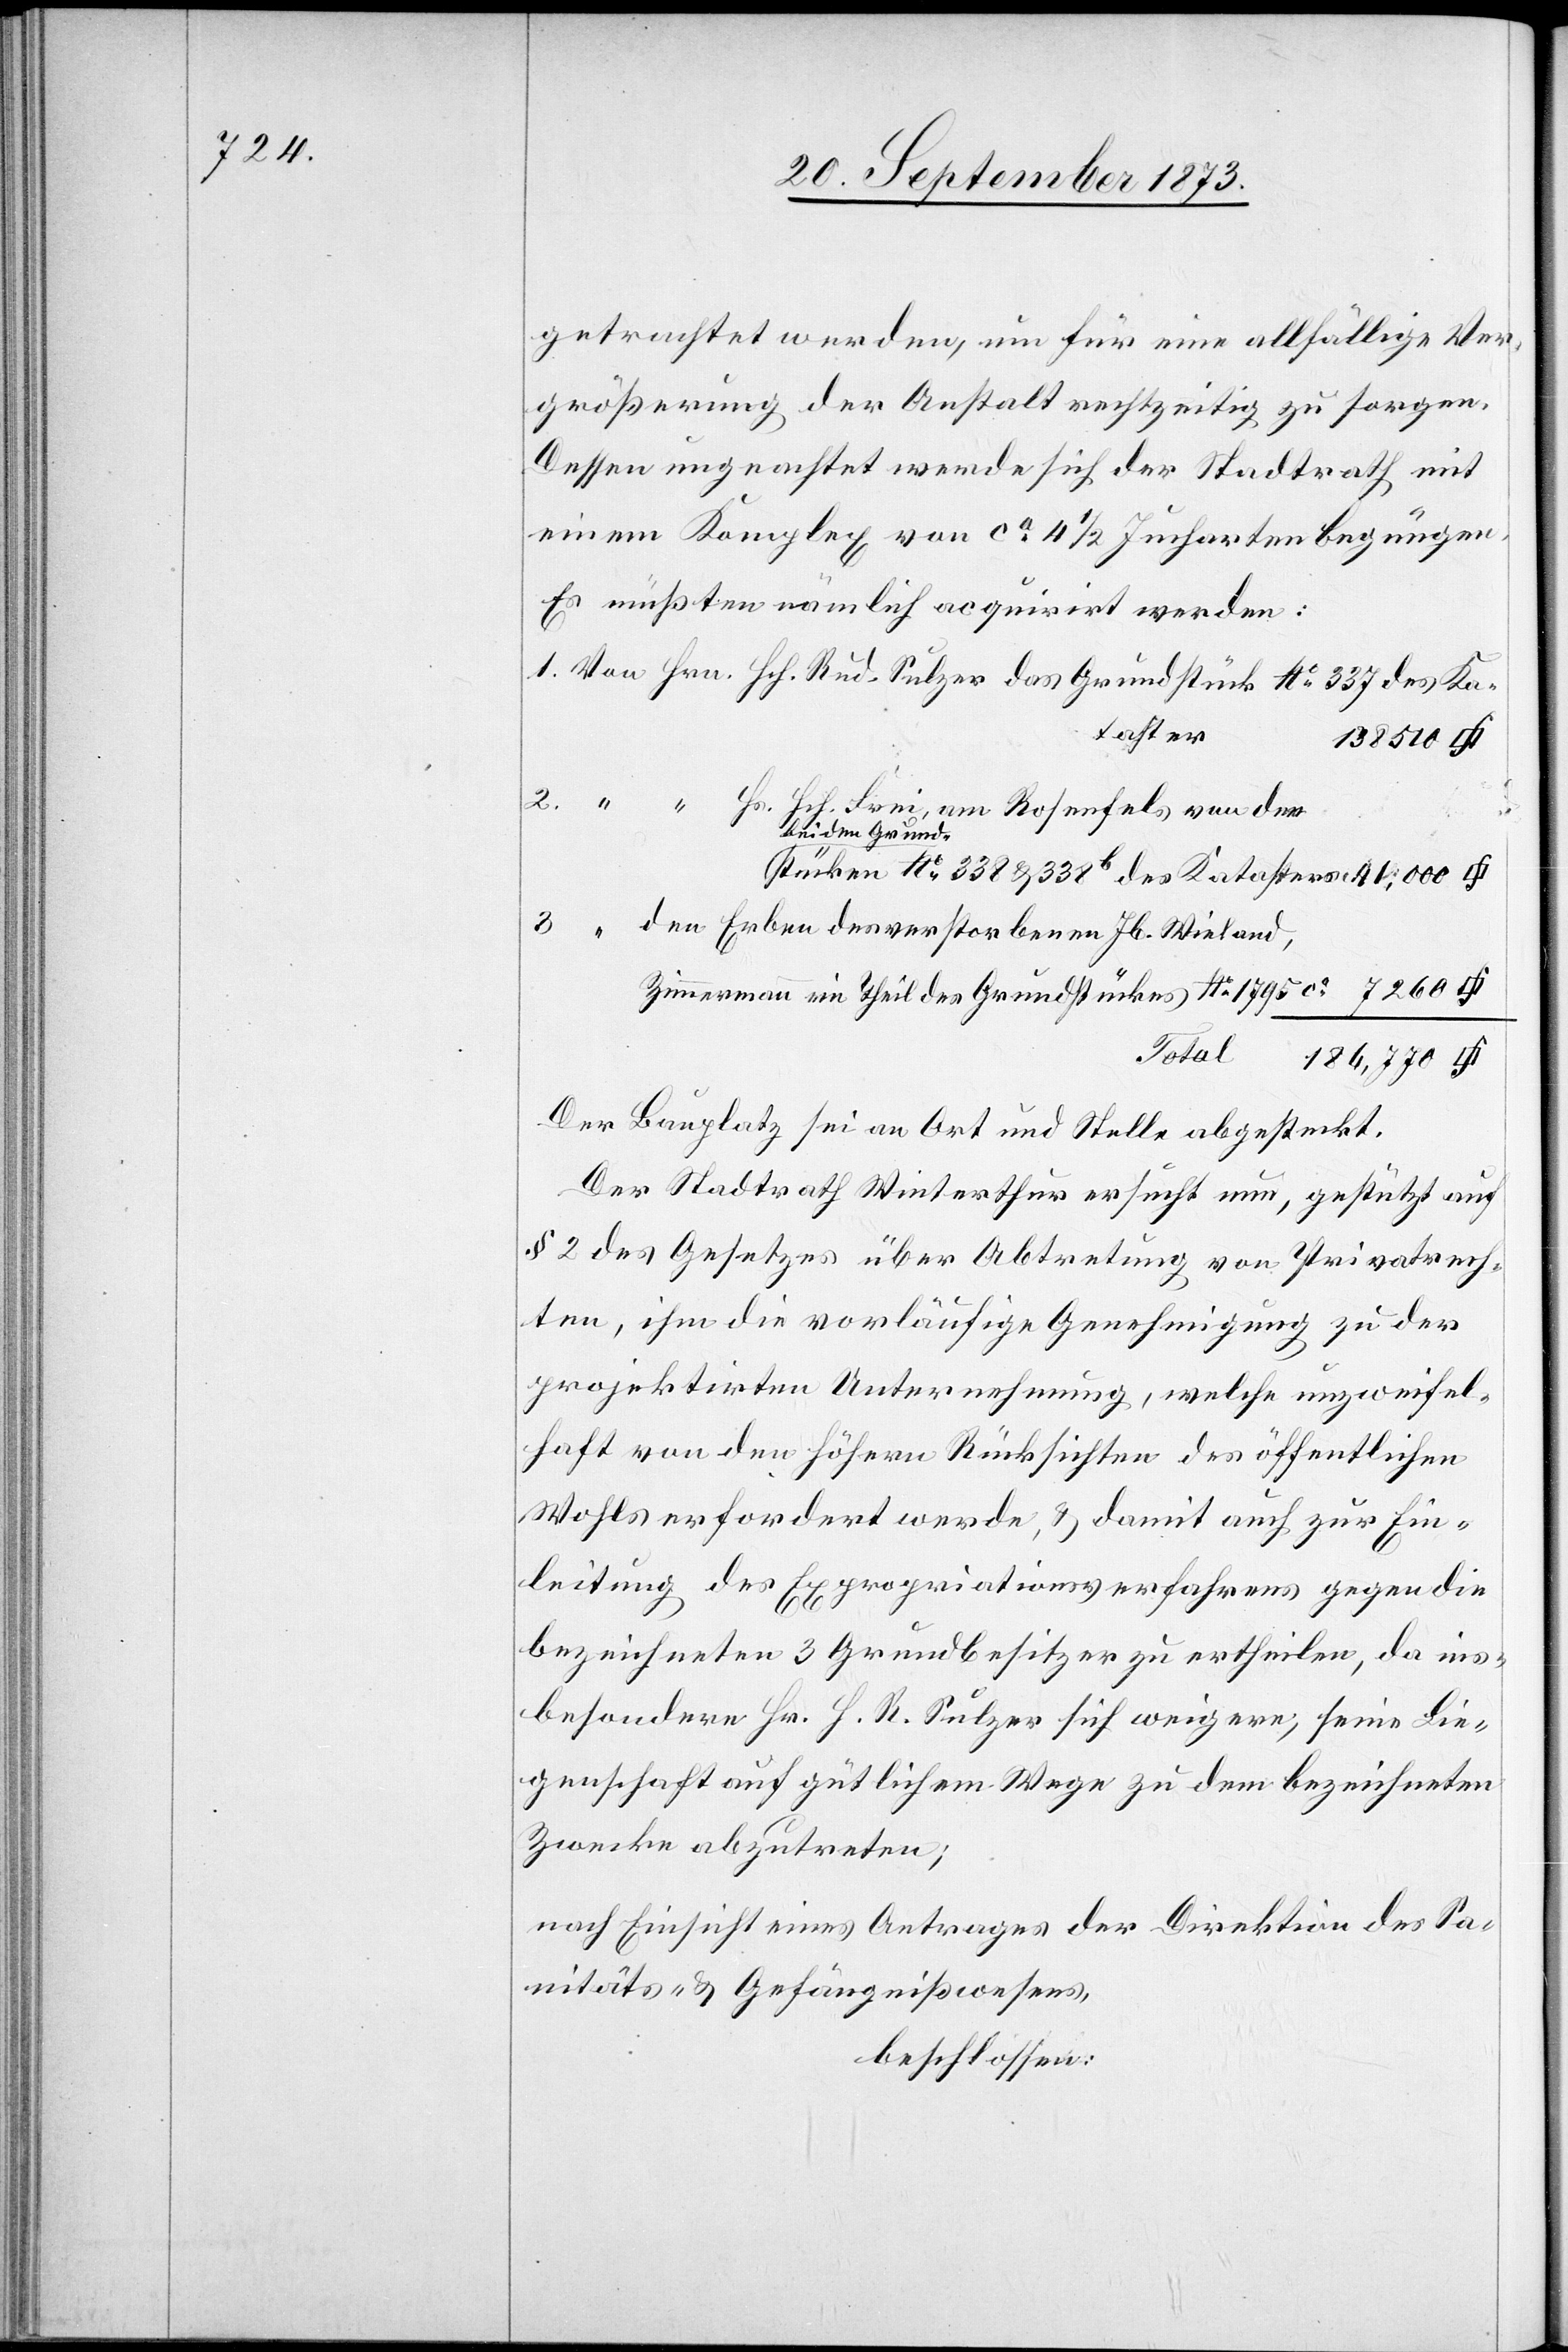
getrachtet werden, um für eine allfällige Ver¬
größerung der Anstalt rechtzeitig zu sorgen.
Dessen ungeachtet werde sich der Stadtrath mit
einem Komplex von ca 4 1/2 Jucharten begnügen.
Es müßten nämlich acquirirt werden:
beiden Grund¬
stücken No 338 & 338b des Katasters
3.
Erben des verstorbenen Jb. Wieland,
Zimmermann ein Theil des Grundstückes No 1 795 ca
Total
186,770
Der Bauplatz sei an Ort und Stelle abgesteckt.
Der Stadtrath Winterthur ersucht nun, gestützt auf
§ 2 des Gesetzes über Abtretung von Privatrech¬
ten, ihm die vorläufige Genehmigung zu der
projektirten Unternehmung, welche unzweifel¬
haft von den höhern Rücksichten des öffentlichen
Wohls erfordert werde, & damit auch zur Ein¬
leitung des Expropriationsverfahrens gegen die
bezeichneten 3 Grundbesitzer zu ertheilen, da ins¬
besondere Hr. H. R. Sulzer sich weigere, seine Lie¬
genschaft auf gütlichem Wege zu dem bezeichneten
Zwecke abzutreten;
nach Einsicht eines Antrages der Direktion des Sa¬
nitäts- & Gefängnißwesens,
beschlossen: